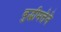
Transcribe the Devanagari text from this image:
बुद्धीमत्तेने